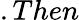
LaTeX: .Then